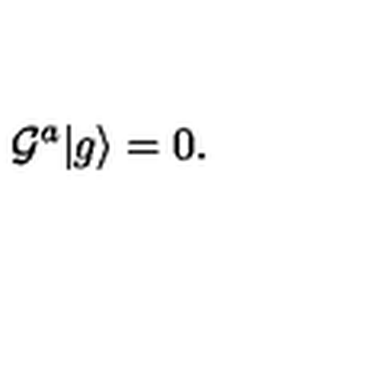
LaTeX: { \cal G } ^ { a } | g \rangle = 0 .